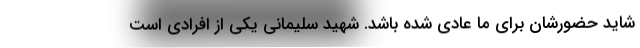
شاید حضورشان برای ما عادی شده باشد. شهید سلیمانی یکی از افرادی است